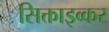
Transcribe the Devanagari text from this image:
सिक्ताइव्कर